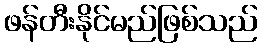
ဖန်တီးနိုင်မည်ဖြစ်သည်